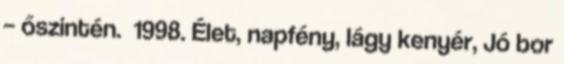
– őszintén. 1998. Élet, napfény, lágy kenyér, Jó bor